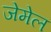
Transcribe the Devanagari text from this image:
जेमेल